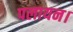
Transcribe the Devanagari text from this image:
पलायन।